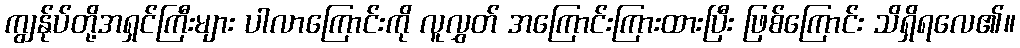
ကျွန်ုပ်တို့အရှင်ကြီးများ ပါလာကြောင်းကို လူလွှတ် အကြောင်းကြားထားပြီး ဖြစ်ကြောင်း သိရှိရလေ၏။